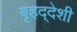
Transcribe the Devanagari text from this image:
बृहद्‌देशी